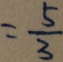
= \frac { 5 } { 3 }